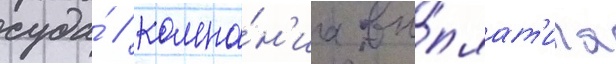
суда́ / компа́н'иа вы́плат'ила